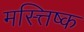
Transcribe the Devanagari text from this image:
मस्त्तिष्क